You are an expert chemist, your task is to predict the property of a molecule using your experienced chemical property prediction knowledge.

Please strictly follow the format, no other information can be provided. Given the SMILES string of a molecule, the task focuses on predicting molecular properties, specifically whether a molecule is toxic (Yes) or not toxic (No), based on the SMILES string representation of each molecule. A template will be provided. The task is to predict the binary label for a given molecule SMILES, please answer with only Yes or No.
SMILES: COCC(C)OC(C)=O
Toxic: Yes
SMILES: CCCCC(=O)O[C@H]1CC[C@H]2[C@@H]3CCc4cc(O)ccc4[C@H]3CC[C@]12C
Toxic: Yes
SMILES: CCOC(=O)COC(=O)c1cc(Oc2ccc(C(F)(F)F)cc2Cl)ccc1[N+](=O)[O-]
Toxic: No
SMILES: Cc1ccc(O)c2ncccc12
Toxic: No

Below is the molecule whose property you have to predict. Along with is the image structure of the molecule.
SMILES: NCc1cccnc1
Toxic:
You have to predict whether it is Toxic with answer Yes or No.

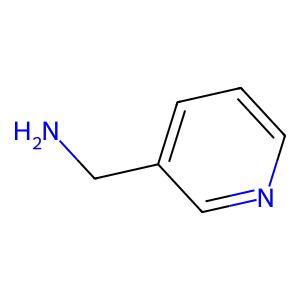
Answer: No